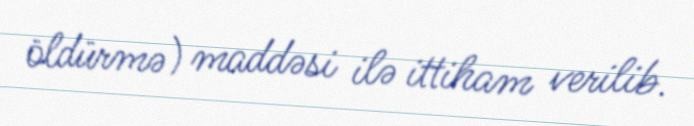
öldürmə) maddəsi ilə ittiham verilib.